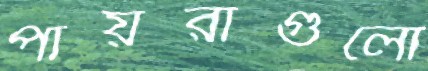
পায়রাগুলো